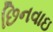
છિનવાઇ